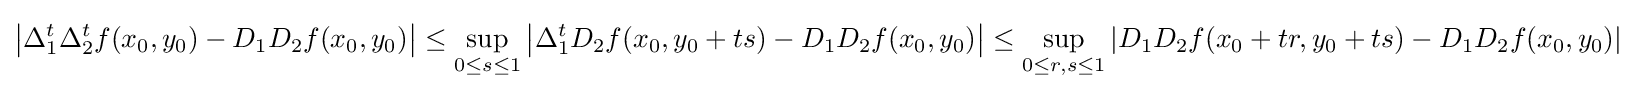
\left|\Delta _{1}^{t}\Delta _{2}^{t}f(x_{0},y_{0})-D_{1}D_{2}f(x_{0},y_{0})\right|\leq \sup _{0\leq s\leq 1}\left|\Delta _{1}^{t}D_{2}f(x_{0},y_{0}+ts)-D_{1}D_{2}f(x_{0},y_{0})\right|\leq \sup _{0\leq r,s\leq 1}\left|D_{1}D_{2}f(x_{0}+tr,y_{0}+ts)-D_{1}D_{2}f(x_{0},y_{0})\right|